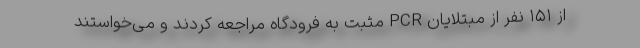
از ۱۵۱ نفر از مبتلایان PCR مثبت به فرودگاه مراجعه کردند و می‌خواستند